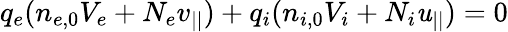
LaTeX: q_{e}(n_{e,0}V_{e}+N_{e}v_{||})+q_{i}(n_{i,0}V_{i}+N_{i}\mathit{u}_{||})=0